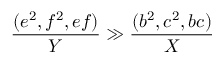
\frac { ( e ^ { 2 } , f ^ { 2 } , e f ) } { Y } \gg \frac { ( b ^ { 2 } , c ^ { 2 } , b c ) } { X }